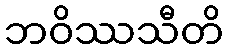
ဘဝိဿသီတိ